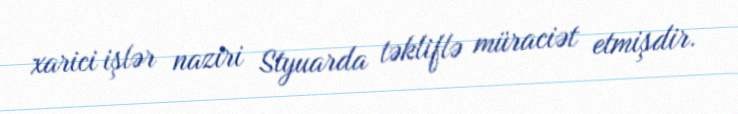
xarici işlər naziri Styuarda təkliflə müraciət etmişdir.